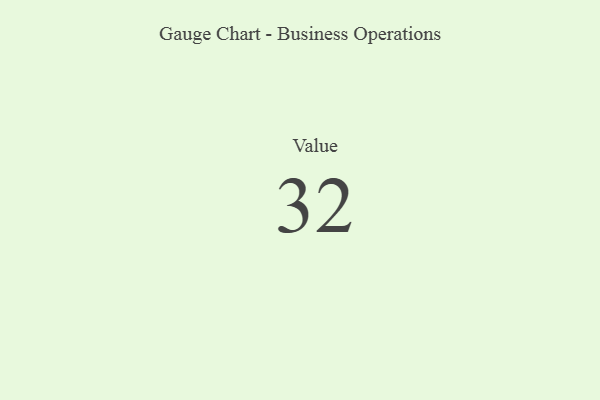
{"axis": {"x": "Metric", "y": "Value"}, "legend": [""], "data": [{"x": "Value", "y": 32, "type": ""}]}